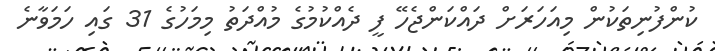
ކުންފުނިތަކުން މިއަހަރަށް ދައްކަންޖެހޭ ފީ ދެއްކުމުގެ މުއްދަތު މިމަހުގެ 31 ގައި ހަމަވާނެ